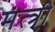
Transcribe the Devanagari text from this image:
मंत्त्री